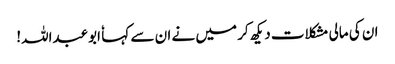
ان کی مالی مشکلات دیکھ کر میں نے ان سے کہا ٗ ابوعبداللہ!